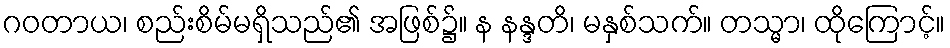
ဂဝတာယ၊ စည်းစိမ်မရှိသည်၏ အဖြစ်၌။ န နန္ဒတိ၊ မနှစ်သက်။ တသ္မာ၊ ထိုကြောင့်။